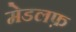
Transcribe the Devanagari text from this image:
मेडलफ़